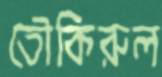
তৌকিরুল